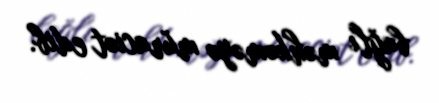
bağlı məhkəməyə müraciət edib.